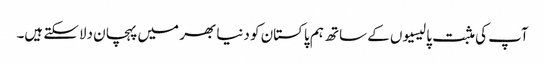
آپ کی مثبت پالیسیوں کے ساتھ ہم پاکستان کو دنیا بھر میں پہچان دلاسکتے ہیں۔